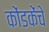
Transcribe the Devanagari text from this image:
कोंडकेंचे